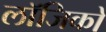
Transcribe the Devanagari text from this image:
लॉजिको